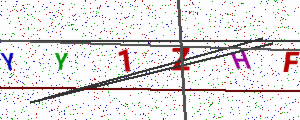
Text: YY1ZHF